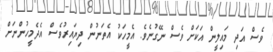
ވެސް އަދި މައިލީން އަކަށް ވެސް ނޭގުނެވެ. އެމީހަކު އެތަނުން ދިޔައިރުވެސް އެދެމީހުންނަށް